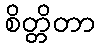
စိတ္တိတာ